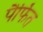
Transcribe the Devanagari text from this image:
पैर्फित